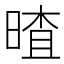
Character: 𣉎